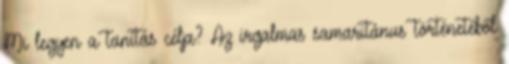
Mi legyen a tanítás célja? Az irgalmas samaritánus történetéből